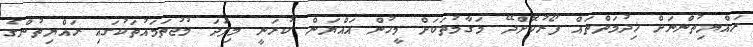
ރައްޔިތުންނަށް ޚިދުމަތްތައް ފޯރުކޮށްދޭ މަގާމުތަކަށް މީހުން އައްޔަން ކުރަނީ މިފަދަ މުޖުތަމައުތަކުގައި ރައްޔިތުންގެ